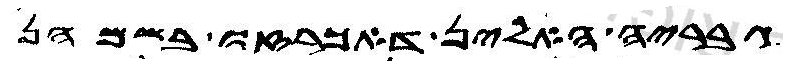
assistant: גבריה האלין דאכרזו בשמהן